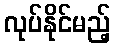
လုပ်နိုင်မည့်